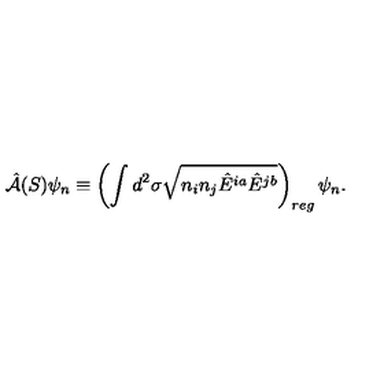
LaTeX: { \hat { \cal A } } ( S ) \psi _ { n } \equiv \left( \int d ^ { 2 } \sigma \sqrt { n _ { i } n _ { j } { \hat { E } } ^ { i a } { \hat { E } } ^ { j b } } \right) _ { r e g } \psi _ { n } .